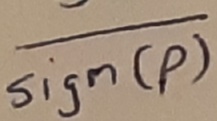
Text: Sign(p)